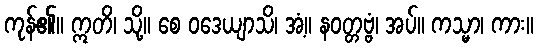
ကုန်၏။ ဣတိ၊ သို့။ စေ ဝဒေယျာသိ၊ အံ့။ နဝတ္တဗ္ဗံ၊ အပ်။ ကသ္မာ၊ ကား။